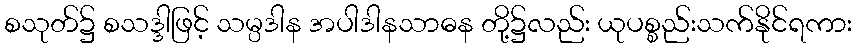
စသုတ်၌ စသဒ္ဒါဖြင့် သမ္ပဒါန အပါဒါနသာဓန တို့၌လည်း ယုပစ္စည်းသက်နိုင်ရကား